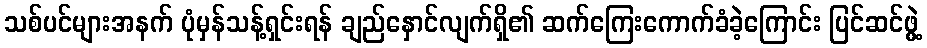
သစ်ပင်များအနက် ပုံမှန်သန့်ရှင်းရန် ချည်နှောင်လျက်ရှိ၏ ဆက်ကြေးကောက်ခံခဲ့ကြောင်း ပြင်ဆင်ဖွဲ့